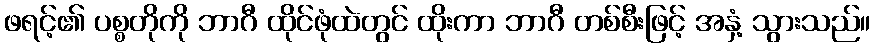
ဖရင့်၏ ပစ္စတိုကို ဘာဂီ ထိုင်ဖုံထဲတွင် ထိုးကာ ဘာဂီ တစ်စီးဖြင့် အနှံ့ သွားသည်။